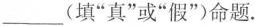
___(填”真”或”假”)命题.